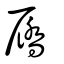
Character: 屩